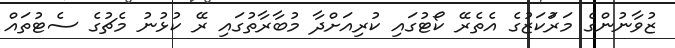
ޒުވާނުންގެ މަރުަކަޒުގެ އެތެރޭ ކޯޓުގައި ކުރިއަށްދާ މުބާރާތުގައި ރޭ ކުޅުނު މެޗުގެ ސެޓުތައް